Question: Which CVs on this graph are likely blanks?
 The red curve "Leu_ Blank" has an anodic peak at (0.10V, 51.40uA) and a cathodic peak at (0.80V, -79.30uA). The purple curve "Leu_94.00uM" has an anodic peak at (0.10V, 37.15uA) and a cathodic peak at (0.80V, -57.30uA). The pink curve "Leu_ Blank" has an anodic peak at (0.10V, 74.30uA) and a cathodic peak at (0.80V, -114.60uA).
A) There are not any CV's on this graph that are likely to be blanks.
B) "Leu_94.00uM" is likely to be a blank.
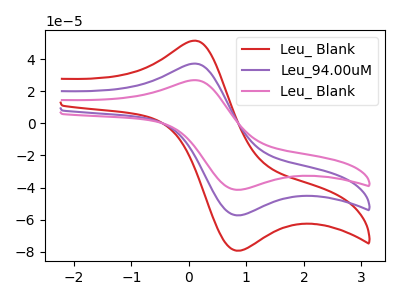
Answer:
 <answer>A) There are not any CV's on this graph that are likely to be blanks.</answer>
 <eval>A</eval>